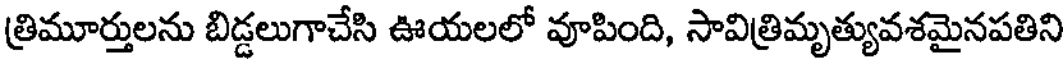
త్రిమూర్తులను బిడ్డలుగాచేసి ఊయలలో వూపింది, సావిత్రిమృత్యువశమైనపతిని